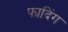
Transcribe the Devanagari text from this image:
फादिंग